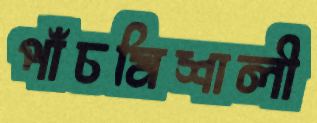
পাঁচমিশালী